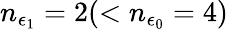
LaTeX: n_{\epsilon_{1}}=2(<n_{\epsilon_{0}}=4)